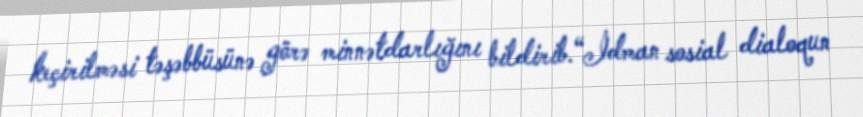
keçirilməsi təşəbbüsünə görə minnətdarlığını bildirib.“İdman sosial dialoqun